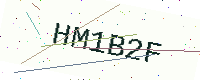
Text: HM1B2F